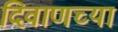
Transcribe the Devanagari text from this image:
दिवाणच्या